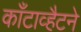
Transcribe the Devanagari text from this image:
काँटाव्हैटने